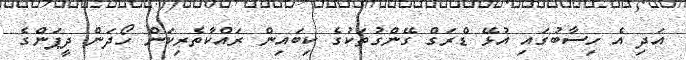
އަދި އެ ހިސާބުގައި އުޅޭ ޑްރަގް ގޭންގުތަކުގެ ކިބައިން ރައްކާތެރިކަން ހޯދަން ދީޕަންގެ